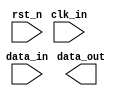
module formatter_vlog #(  
    parameter INPUT_WIDTH = 12,  
    parameter OUTPUT_WIDTH = 12  
) (  
    input clk_in,  
    input rst_n,  
    input [INPUT_WIDTH - 1 : 0]data_in,  
    output [OUTPUT_WIDTH - 1 : 0]data_out  
); 

reg [3:0] cnt; always @(posedge clk_in or posedge rst_n) begin  if(rst_n) begin  cnt<=4'h0;  end  else begin  cnt<=cnt+4'h1;  end end endmodule //module_name